Reports on military cantonments and civil stations in the Presidency of Bombay inspected by the Sanitary Commissioner in the years 1875 and 1876
Year: 1875
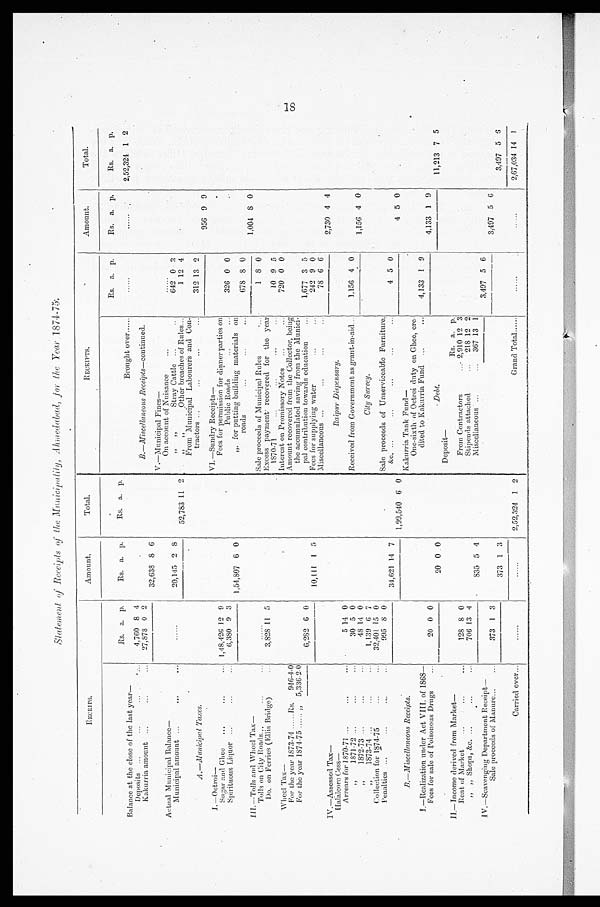
Statement of Receipts of the Municipalily, Ahmedabad, for the Year 1874-75.
RECEIPS.
Amount.
Total.
RECEIPTS.
Amount.
Total.
Rs. a. p.
Rs. a. p.
Rs. a. p.
Rs. a. p.
Rs. a. p.
Rs. a. p.
Balance at the close of the last year—
Brought over . . . . . .
. . . . . .
. . . . . . 2,52,324 1 2
Deposits ...
...
...
. . .
4,760 8 4
B.—Miscellaneous Receipts—continued.
Kakurria amount ...
...
. . .
. . .
27,878 0 2
32,638 8 6
V.—Municipal Fines—
Actual Municipal Balance—
On account of Nuisance
...
......
Municipal amount ...
... . . .
.....
20,145 2 8
,, ,,
Stray Cattle ...
. . .
642 0 3
52,783 11 2
,,
, ,
O t h e r b r e a c h e s o f R u l e s . . .
1 12 4
A.—Municipal Taxes.
From Municipal Labourers and Con -
tractors ...
...
...
...
312 13 2
I. —Octroi—
VI.—Sundry Receipts—
956 9 9
Sugar and Ghee ...
... . . . 1,48,426 12 9
Fees for permission for dinner parties on
Public Roads
...
...
3 2 6 0 0
Spirituous Liquor ...
...
6,380 9 3 1,54,807 6 0
„ for putting building materials on
roads
...
...
...
678 8 0
III.—Tolls and Wheel Tax—
1,004 8 0
Tolls on City Roads . . .
. . .
. . .
......
Sale proceeds of Municipal Rules
. . .
1 8 0
Do. on Ferries (Ellis Bridge)
. . .
3,828 11 5
Excess payment recovered for the year
1870-71
...
...
. . .
. . .
. . .
10 9 5
Wheel Tax—
Interest on Promissory Notes
... . . .
7 2 0 0 0
For the year 1873-74......Rs. 946-4-0
Amount recovered from the Collector, being
the accumulated saving from the Munici-
pal contribution towards education
...
1,677 3 5
For the year 1874-75 ...... „ 5,336-2-0
---
6,282 6 0
10,111 1 5
Fees for supplying water
...
...
2 4 2 9 0
IV.—Assessed Tax—
Miscellaneous ...
...
... ...
78 6 6
2,730 4 4
Hal alcore Cess—
Raipur Dispensary.
Arrears for 1870-71 ...
.... . .
,,
1 8 7 1 - 7 2
. . .
. . .
. . .
5
30
14
5
0
0
Received from Government as grant-in-aid...
1.156 4 0
, ,
1872-73
. . .
. . .
. . .
48 14 0
1,156 4 0
, ,
1873-74 ...
...
. . .
1,139 6 7
City Survey.
Collection for 1874-75
...
...
32,401 15 0
Penalties ...
...
...
995 8 0
34,621 14 7
Sale proceeds of Unserviceable Furniture , & c ,
. . .
. . .
. . .
...
...
4 5 0
B.—Miscellaneous Receipts.
1,90,540 6 0 kakurria Tank Fund—
4 5 0
1.—Realization under Act VIII of 1868—
One-sixth of Octroi duty on Ghee, ere-
dited to Kakurria Fund ...
...
4,133 1 9
Fees for sale of Poisonous Drugs
...
20 0 0
4,133 1 9
20 0 0
Debt
11,213 7 5
Deposit —
II,—Income derived from Market—
Rs. a. p.
Rent of Market
. . .
. . .
. . .
128 8 0
From Contractors
...2,910 12 3
„ „ Shops, &c. ...
...
. . .
706 13 4
Stipends attached
. . .
2 1 8
12 21
•
• S35 5 4
Miscellaneous ' ...
367 13 1
IV.—Scavenging Department Receipt—
3,497 5 6
Sale proceeds of Manure...
...
373 1 3
3,497 5 6
C a r r i e d o v e r . . .
. . . . . .
373 1 3
1
3,497 5 6
Carried over...
......
2,52,324 1 2
Grand Total......
. . . . . .
. . . . . .
2,67,034 14
1
18